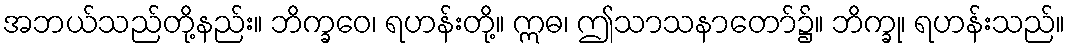
အဘယ်သည်တို့နည်း။ ဘိက္ခဝေ၊ ရဟန်းတို့။ ဣဓ၊ ဤသာသနာတော်၌။ ဘိက္ခု၊ ရဟန်းသည်။